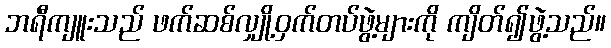
ဘရီကျူးသည် ဖက်ဆစ်လျှို့ဝှက်တပ်ဖွဲ့များကို ကျိတ်၍ဖွဲ့သည်။